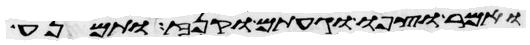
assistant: ואמר וצפו וגעתם וקנז ותמנע